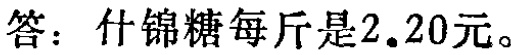
答：什锦糖每斤是\(2.20\)元。